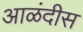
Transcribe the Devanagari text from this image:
आळंदीस